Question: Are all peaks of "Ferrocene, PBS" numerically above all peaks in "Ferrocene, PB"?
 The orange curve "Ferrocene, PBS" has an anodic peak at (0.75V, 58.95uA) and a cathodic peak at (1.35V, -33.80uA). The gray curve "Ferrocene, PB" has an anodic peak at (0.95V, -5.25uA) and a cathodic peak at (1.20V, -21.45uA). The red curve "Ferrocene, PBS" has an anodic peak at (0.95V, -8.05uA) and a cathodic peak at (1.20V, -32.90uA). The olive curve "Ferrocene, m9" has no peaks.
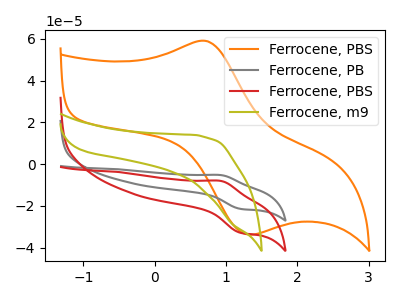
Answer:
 <answer>The peaks in "Ferrocene, PBS" are neither all higher or all lower than the peaks in "Ferrocene, PB".</answer>
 <eval>mixed</eval>